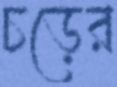
চড়ের